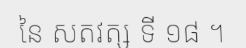
នៃ សតវត្ស ទី ១៨ ។